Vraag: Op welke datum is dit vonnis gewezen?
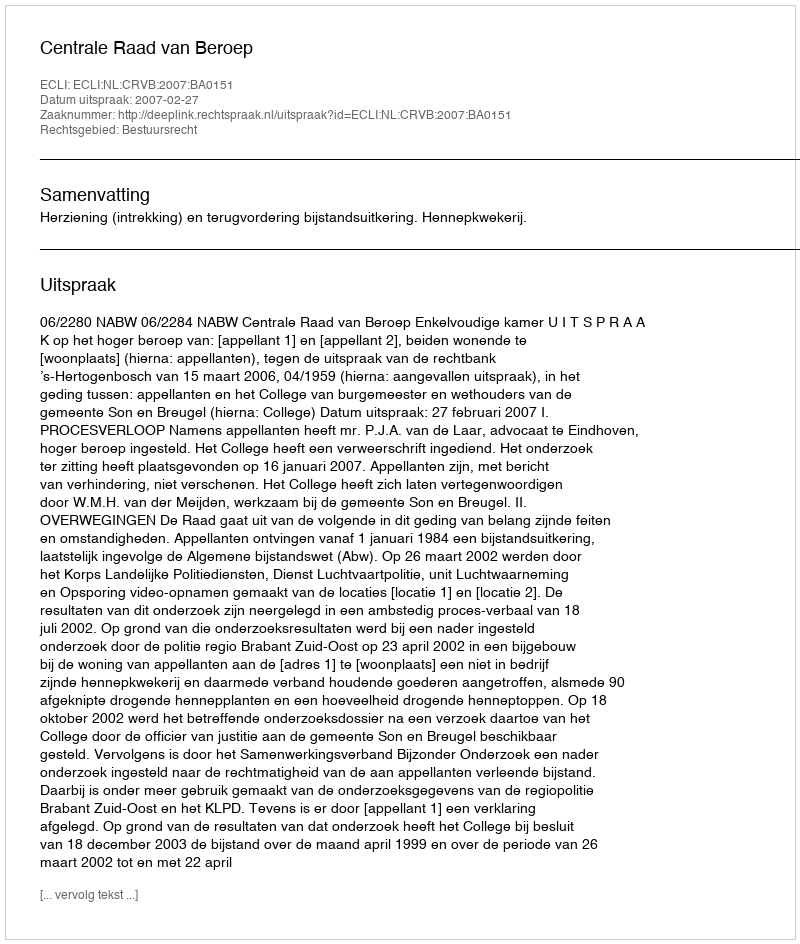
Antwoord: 2007-02-27